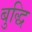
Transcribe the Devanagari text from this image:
बुद्धि